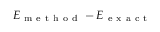
E _ { \mathrm { ~ m ~ e ~ t ~ h ~ o ~ d ~ } } - E _ { \mathrm { ~ e ~ x ~ a ~ c ~ t ~ } }